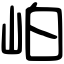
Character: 岶